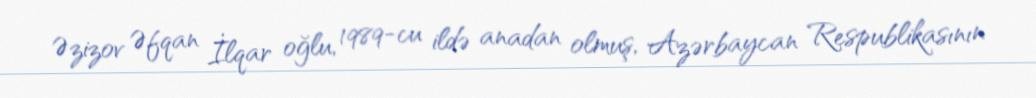
Əzizov Əfqan İlqar oğlu, 1989-cu ildə anadan olmuş, Azərbaycan Respublikasının